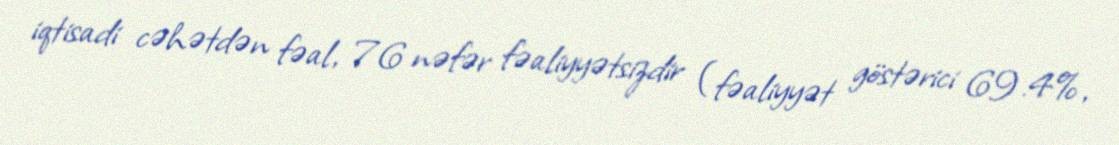
iqtisadi cəhətdən fəal, 76 nəfər fəaliyyətsizdir (fəaliyyət göstərici 69.4%,